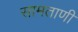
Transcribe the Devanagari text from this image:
सामताणी